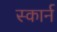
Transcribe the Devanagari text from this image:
स्कार्न